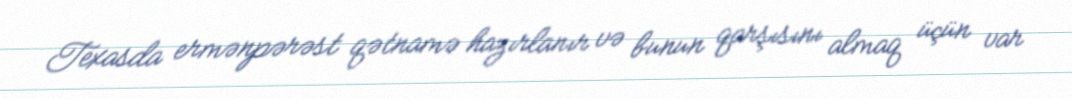
Texasda ermənpərəst qətnamə hazırlanır və bunun qarşısını almaq üçün var